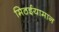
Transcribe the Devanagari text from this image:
मिठईयामान